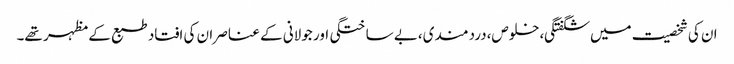
ان کی شخصیت میں شگفتگی،خلوص،دردمندی،بے ساختگی اور جولانی کے عناصر ان کی افتاد طبع کے مظہر تھے۔